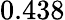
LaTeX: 0.438